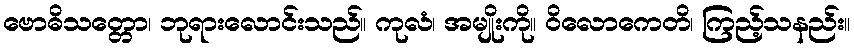
ဗောဓိသတ္တော၊ ဘုရားလောင်းသည်။ ကုလံ၊ အမျိုးကို။ ဝိလောကေတိ၊ ကြည့်သနည်း။